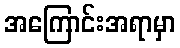
အကြောင်းအရာမှာ